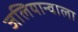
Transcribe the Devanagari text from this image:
जलियान्वाला